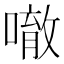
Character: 𠾀